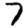
Digit: 7